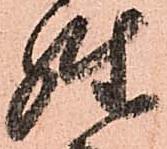
性